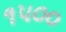
૧૫૦૦